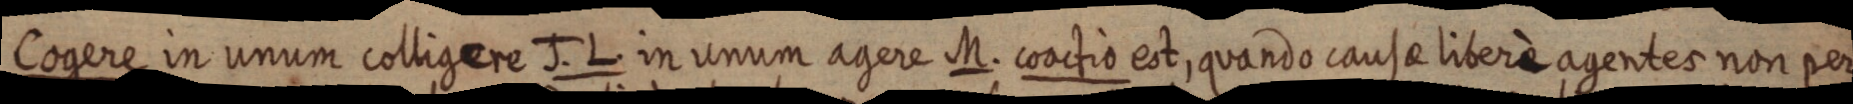
Cogere in unum colligere J. L. in unum agere M. coactio est, quando causa liberè agentes non per